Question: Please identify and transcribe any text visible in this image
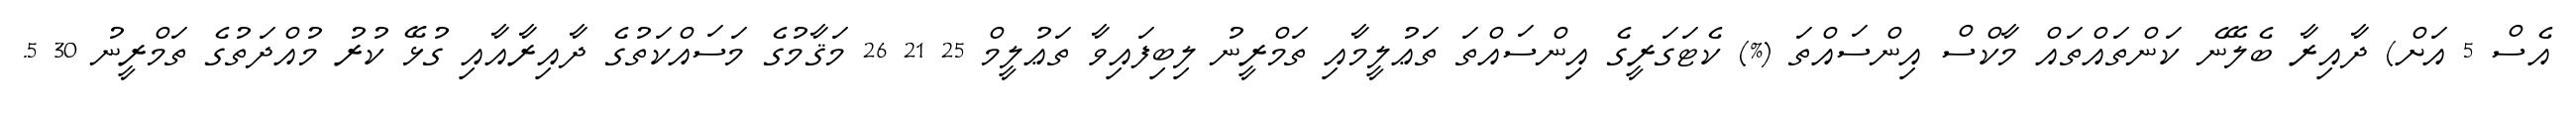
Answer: އެސް 5 އަށް) ދާއިރާ ބެލޭނެ ކަންތައްތައް މާކްސް އިންސައްތަ (%) ކެޓަގަރީގެ އިންސައްތަ ތަޢުލީމާއި ތަމްރީނު ލިބިފައިވާ ތަޢުލީމް 25 21 26 މަޤާމުގެ މަސައްކަތުގެ ދާއިރާއާއި ގުޅޭ ކުރު މުއްދަތުގެ ތަމްރީނު 30 5.